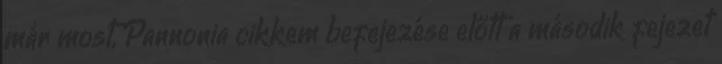
már most, Pannonia cikkem befejezése előtt a második fejezet